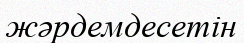
жәрдемдесетін